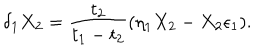
LaTeX: \delta _ { 1 } X _ { 2 } = { \frac { t _ { 2 } } { t _ { 1 } - t _ { 2 } } } ( \eta _ { 1 } X _ { 2 } - X _ { 2 } \epsilon _ { 1 } ) .